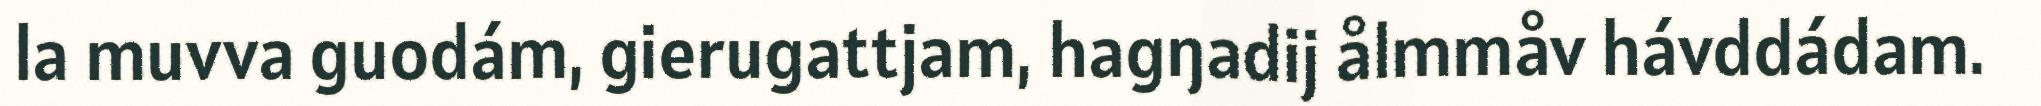
la muvva guodám, gierugattjam, hagŋadij ålmmåv hávddádam.